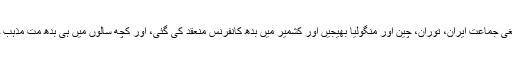
اور انھوں نے تبلیغی جماعت ایران، توران، چین اور منگولیا بھیجیں اور کشمیر میں بدھ کانفرنس منعقد کی گئی، اور کچھ سالوں میں ہی بدھ مت مذہب جاپان تک پہنچایا۔